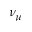
\nu _ { \mu }